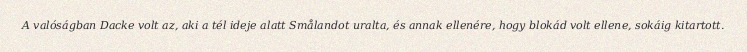
A valóságban Dacke volt az, aki a tél ideje alatt Smålandot uralta, és annak ellenére, hogy blokád volt ellene, sokáig kitartott.